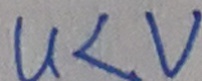
u < V